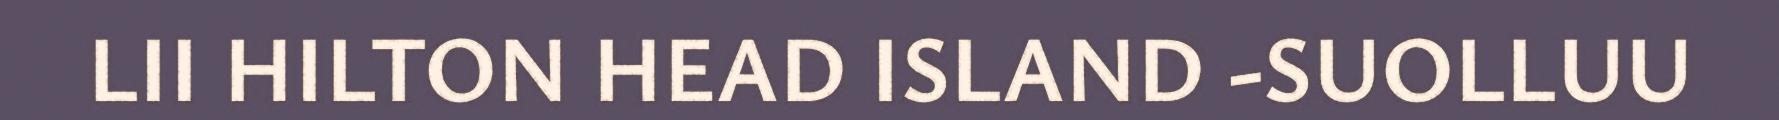
LII HILTON HEAD ISLAND -SUOLLUU